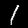
Label: 1